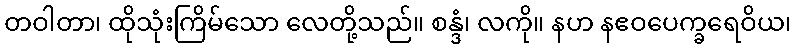
တဝါတာ၊ ထိုသုံးကြိမ်သော လေတို့သည်။ စန္ဒံ၊ လကို။ နဟ နဧဝပေက္ခရေဝိယ၊